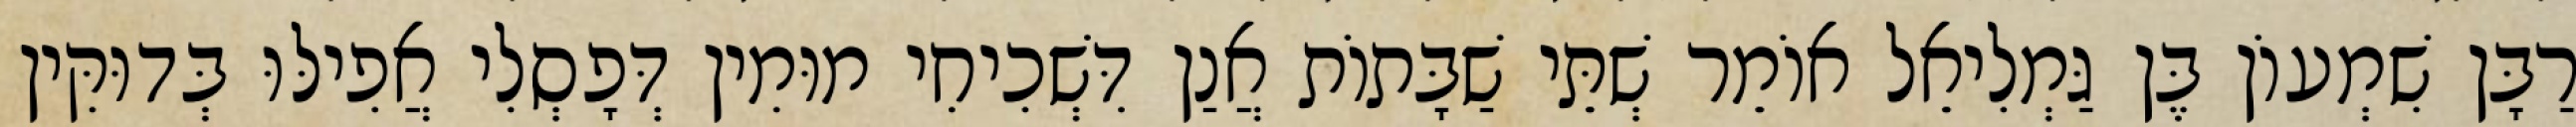
רַבָּן שִׁמְעוֹן בֶּן גַּמְלִיאֵל אוֹמֵר שְׁתֵּי שַׁבָּתוֹת אֲנַן דִּשְׁכִיחִי מוּמִין דְּפָסְלִי אֲפִילּוּ בְּדוּקִּין